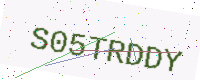
Text: S05TRDDY